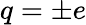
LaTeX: q=\pm e